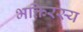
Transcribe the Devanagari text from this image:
भक्तिरस्य